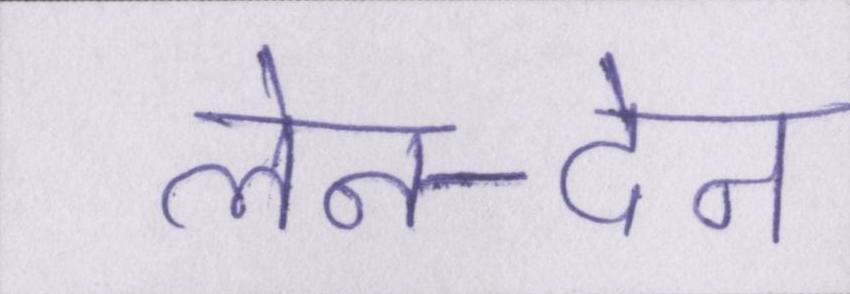
लेन-देन